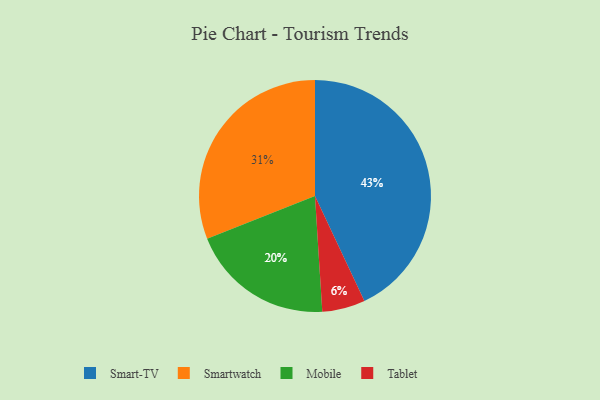
{"axis": {"x": "Category", "y": "Percentage"}, "legend": ["Mobile", "Smart-TV", "Smartwatch", "Tablet"], "data": [{"x": "Mobile", "y": 20, "type": "Mobile"}, {"x": "Smart-TV", "y": 43, "type": "Smart-TV"}, {"x": "Tablet", "y": 6, "type": "Tablet"}, {"x": "Smartwatch", "y": 31, "type": "Smartwatch"}]}